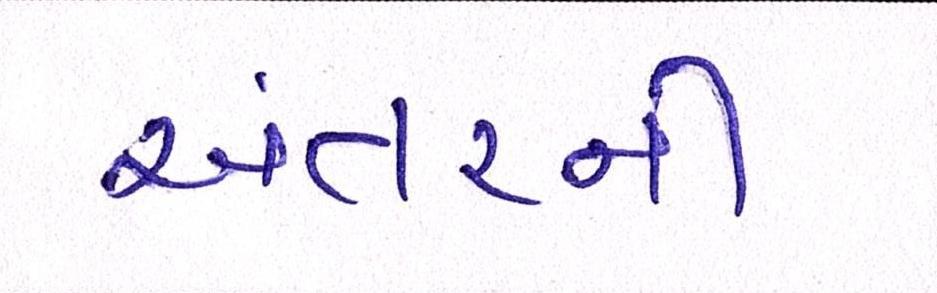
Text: અંતરની